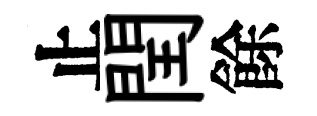
止閏餘